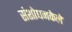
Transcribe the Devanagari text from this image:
संशोधनकेले